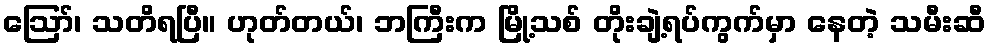
ဪ၊ သတိရပြီ။ ဟုတ်တယ်၊ ဘကြီးက မြို့သစ် တိုးချဲ့ရပ်ကွက်မှာ နေတဲ့ သမီးဆီ